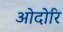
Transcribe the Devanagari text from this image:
ओदोरि